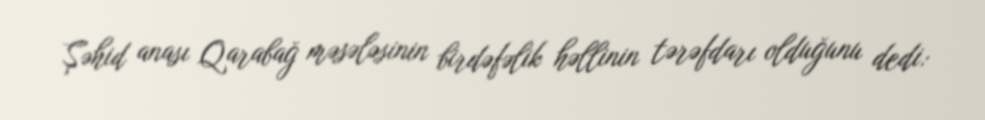
Şəhid anası Qarabağ məsələsinin birdəfəlik həllinin tərəfdarı olduğunu dedi: